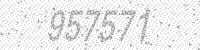
Solution: 957571